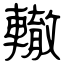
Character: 轍